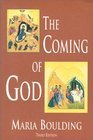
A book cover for The Coming of God; Maria Boulding; Religion & Spirituality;